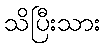
သိပြီးသား